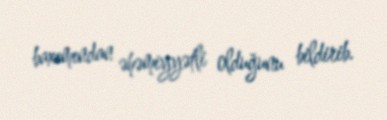
baxımından əhəmiyyətli olduğunu bildirib.